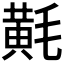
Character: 𪎷